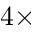
4 \times